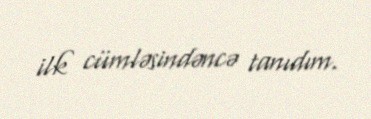
ilk cümləsindəncə tanıdım.